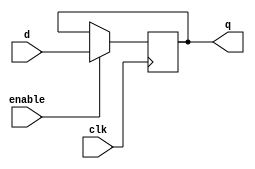
module dffe(q, d, clk, enable);
   output q;
   reg    q;
   input  d;
   input  clk, enable;

//   always@(reset)
//     if (reset == 1'b1)
//       q <= 0;

   always@(posedge clk) begin
     if (enable == 1'b1) begin
       q <= d;
       end
       end
endmodule // dffe